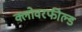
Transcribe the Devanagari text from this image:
क्लोवरफील्ड